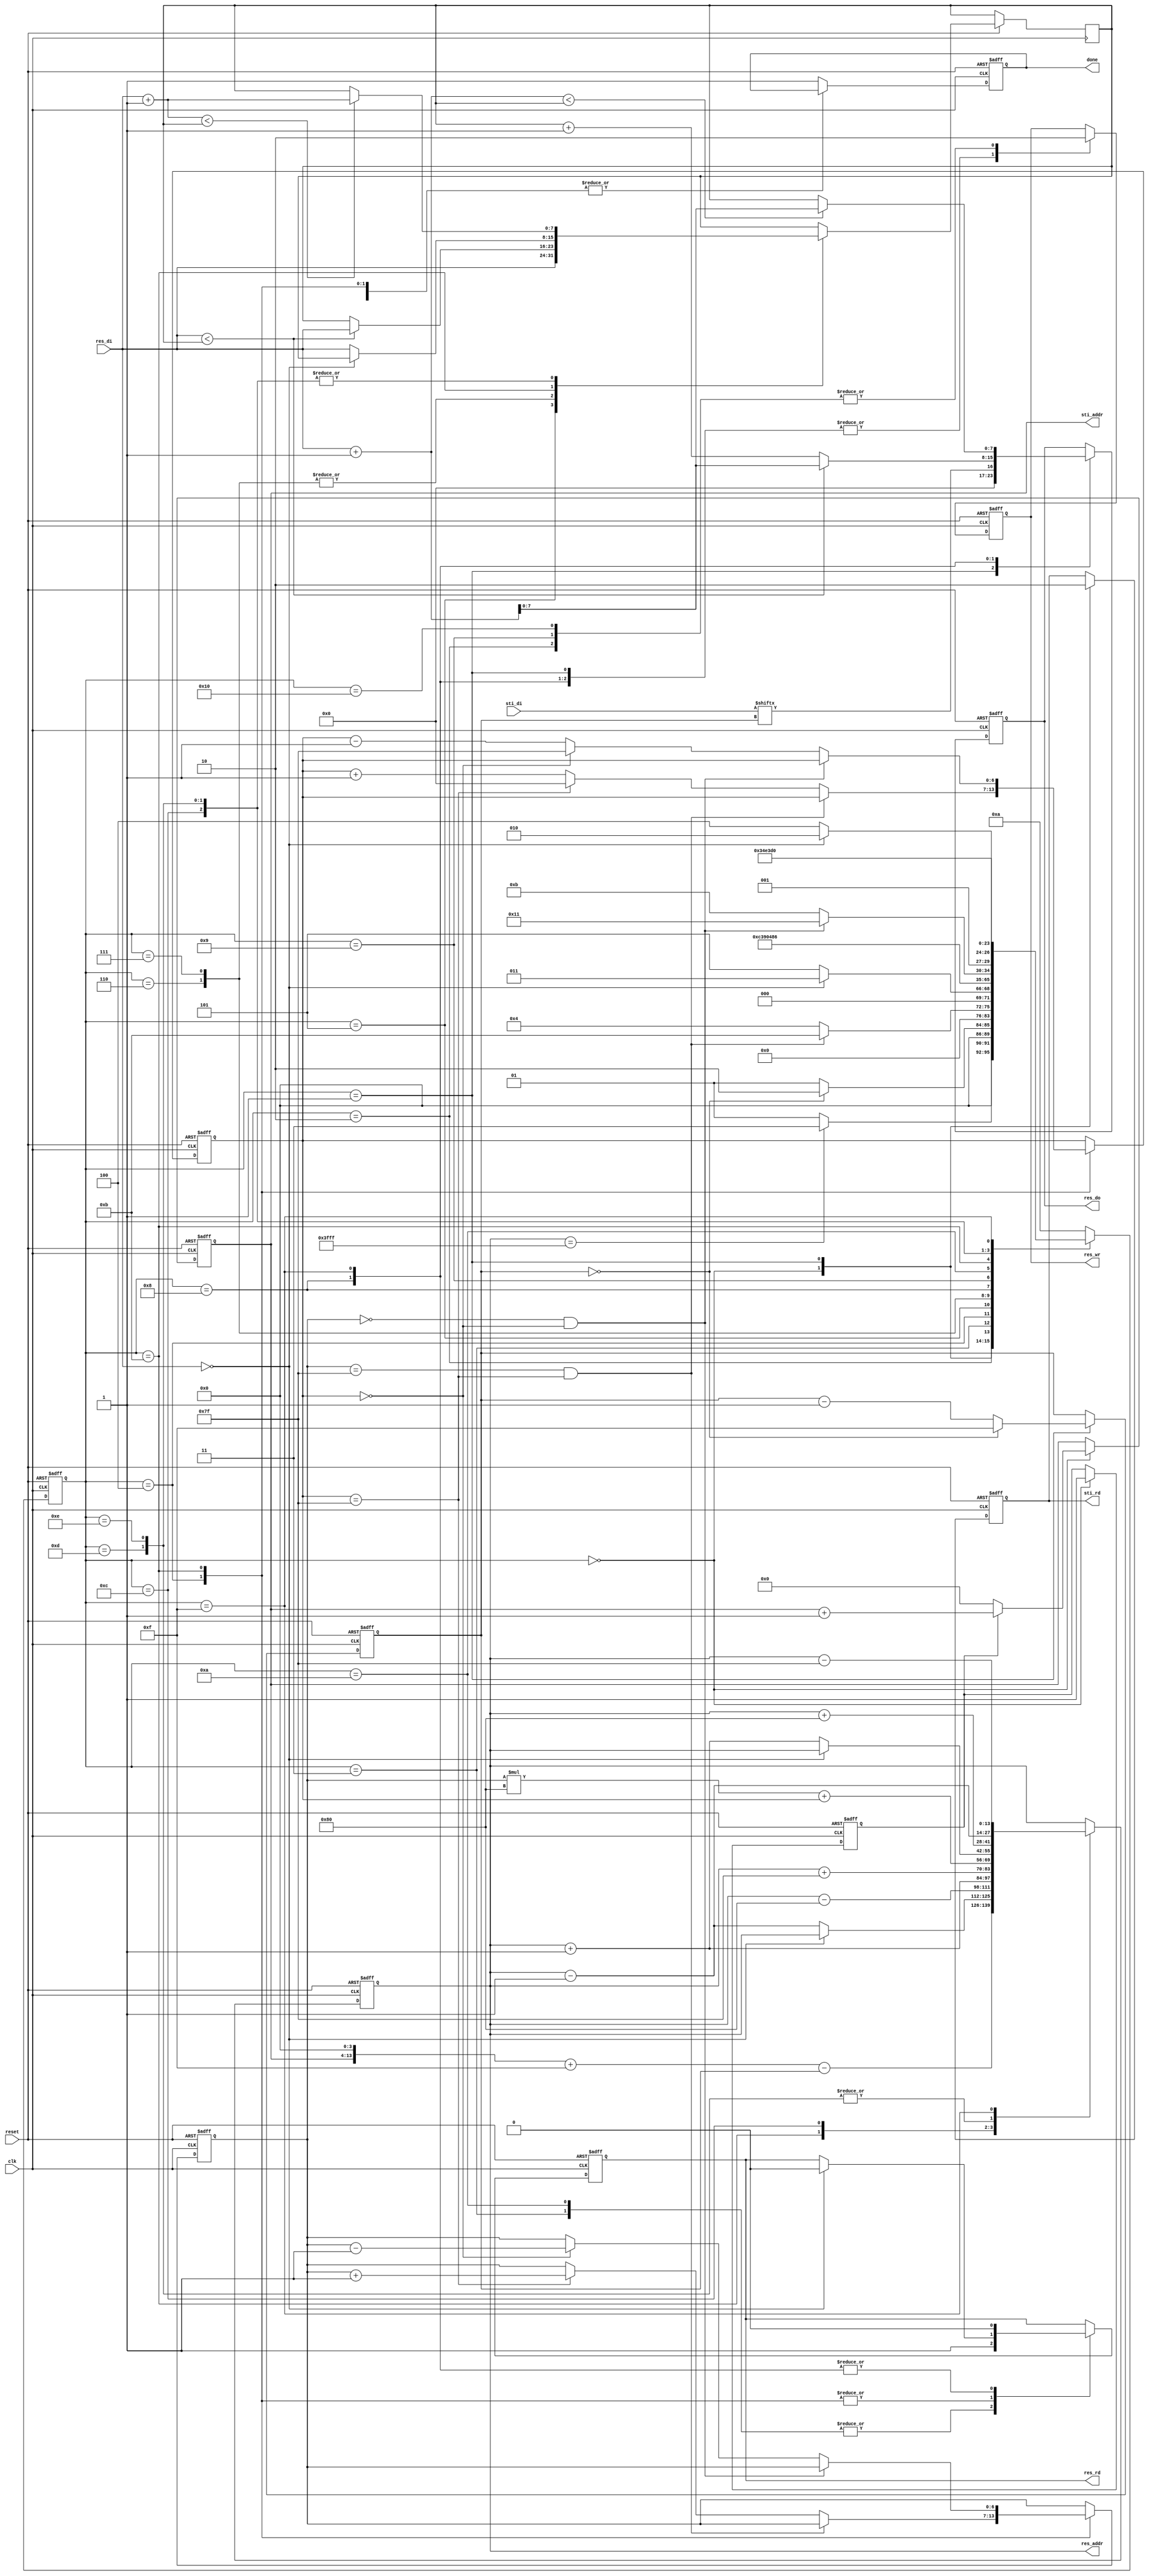
module DT(
	input 			clk, 
	input			reset,
	output	reg		done ,
	output	reg		sti_rd ,
	output	reg 	[9:0]	sti_addr ,
	input		[15:0]	sti_di,
	output	reg		res_wr ,
	output	reg		res_rd ,
	output	reg 	[13:0]	res_addr ,
	output	reg 	[7:0]	res_do,
	input		[7:0]	res_di
	);

reg [5:0] cur_state, next_state;
reg [3:0] index;
reg sig;
reg [6:0] x, y;
reg [7:0] min;

wire [13:0] mul;
assign mul = y * 128 + x; 

always @(posedge clk or negedge reset) begin
	if(!reset) begin
		cur_state <= 1'd0;
	end
	else begin
		cur_state <= next_state;
	end
end

always @(*) begin
	case (cur_state)
		0: begin
			if(res_addr == 14'd16383)
				next_state <= 3;
			else
				next_state <= 1;
		end
		1: begin
			// if(res_addr == 14'd16383)
			// 	next_state <= 3;
			if(index == 0)
				next_state <= 2;
			else
				next_state <= 1;
		end
		2: begin
			next_state <= 0;
		end
		3: begin
			if(y == 7'd127 && x == 7'd127)
				next_state <= 11;
			else
				next_state <= 4;
		end
		4: begin
			if(res_di == 8'd0)
				next_state <= 3;
			else
				next_state <= 5;
		end
		5: begin
			next_state <= 6;
		end
		6: begin
			next_state <= 7;
		end
		7: begin
			next_state <= 8;
		end
		8: begin
			next_state <= 9;
		end
		9: begin
			next_state <= 3;
		end
		10: begin
			if(y == 7'd0 && x == 7'd0)
				next_state <= 17;
			else
				next_state <= 11;
		end
		11: begin
			if(res_di == 8'd0)
				next_state <= 10;
			else
				next_state <= 12;
		end
		12: begin
			next_state <= 13;
		end
		13: begin
			next_state <= 14;
		end
		14: begin
			next_state <= 15;
		end
		15: begin
			next_state <= 16;
		end
		default: begin
			next_state <= 10;
		end
	endcase
end

/* state 0 ~ 2 : Initialize the image pixels */
/* state 3 ~ 9 : Forward pass */
/* state 10 ~ 16 : Backward pass */

always @(posedge clk or negedge reset) begin
	if(!reset) begin
		sti_rd <= 1'd0;
		res_wr <= 1'd0;
		res_rd <= 1'd0;
		sti_addr <= 10'd0;
		res_addr <= 14'd0;
		res_do <= 8'd0;
		done <= 1'd0;
		index <= 4'd15;
		sig <= 1'd0;
		x <= 7'd0;
		y <= 7'd0;
	end
	else begin
		case (cur_state)
			0: begin
				sti_rd <= 1'd1;
				sig <= 1'd1;
				if(sig) 
					sti_addr <= sti_addr + 10'd1; 
				else
					sti_addr <= 10'd0;
			end
			1: begin
				sti_rd <= 1'd0;
				res_wr <= 1'd1;
				res_addr <= ({4'd0, sti_addr} <<< 4) + 4'd15 - index; // from left to right
				res_do <= sti_di[index];
				if(index == 0)begin
					index <= 4'd15;
				end
				else begin
					index <= index - 4'd1;
				end
			end
			2: begin
				res_wr <= 1'd0;
			end
			3: begin
				res_rd <= 1'd1;
				res_addr <= mul;
			end
			4: begin
				/* update x & y */
				if(y == 7'd127 && x == 7'd127) begin
				end	
				else if(x == 7'd127) begin
					x <= 7'd0;
					y <= y + 7'd1;
				end	
				else begin
					x <= x + 7'd1;
				end
				/* judge if it is object */	
				if(res_di == 8'd0) begin
					res_rd <= 1'd0;		
				end
				else begin
					res_addr <= res_addr - 14'd1; // address at W
				end
			end
			5: begin
				res_addr <= res_addr - 14'd128; // address at NW
				min <= res_di;
			end
			6: begin
				res_addr <= res_addr + 14'd1; // address at N
				if(res_di < min)
					min <= res_di;
				else
					min <= min;
			end
			7: begin
				res_addr <= res_addr + 14'd1; // address at NE
				if(res_di < min)
					min <= res_di;
				else
					min <= min;
			end
			8: begin
				res_rd <= 1'd0;
				res_wr <= 1'd1;
				res_addr <=  res_addr + 14'd127; // (+ 128 - 1), address back to target
				if(res_di < min)
					res_do <= res_di + 14'd1;
				else
					res_do <= min + 14'd1;
			end
			9: begin
				res_wr <= 1'd0;
			end
			10: begin
				res_rd <= 1'd1;
				res_addr <= mul;
			end
			11: begin
				/* update x & y */
				if(y == 7'd0 && x == 7'd0) begin
				end	
				else if(x == 7'd0) begin
					x <= 7'd127;
					y <= y - 7'd1;
				end	
				else begin
					x <= x - 7'd1;
				end
				/* judge if it is object */	
				if(res_di == 8'd0) begin
					res_rd <= 1'd0;		
				end
				else begin
					min <= res_di;
					res_addr <= res_addr + 14'd1; // address at E
				end
			end
			12: begin
				res_addr <= res_addr + 14'd128; // address at SE
				if(res_di + 8'd1 < min)
					min <= res_di + 8'd1;
				else
					min <= min;
			end
			13: begin
				res_addr <= res_addr - 14'd1; // address at S
				if(res_di + 8'd1 < min)
					min <= res_di + 8'd1;
				else
					min <= min;
			end
			14: begin
				res_addr <= res_addr - 14'd1; // address at SW
				if(res_di + 8'd1 < min)
					min <= res_di + 8'd1;
				else
					min <= min;
			end
			15: begin
				res_rd <= 1'd0;
				res_wr <= 1'd1;
				res_addr <=  res_addr - 14'd127; // address back to target
				if(res_di + 14'd1 < min)
					res_do <= res_di + 14'd1;
				else
					res_do <= min;
			end
			16: begin
				res_wr <= 1'd0;
			end
			// 17: begin
			// 	done <= 1'd1;
			// end
			default: begin
				done <= 1'd1;
			end
		endcase
	end
end

endmodule